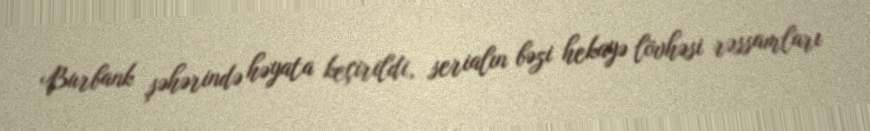
Burbank şəhərində həyata keçirildi, serialın bəzi hekayə lövhəsi rəssamları